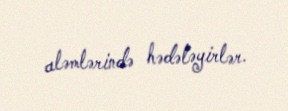
aləmlərində hədələyirlər.